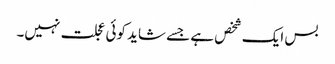
بس ایک شخص ہے جسے شاید کوئی عجلت نہیں۔